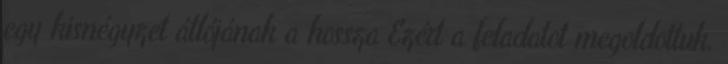
egy kisnégyzet átlójának a hossza Ezért a feladatot megoldottuk.